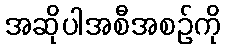
အဆိုပါအစီအစဉ်ကို